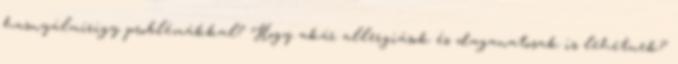
hasnyálmirigy problémákkal? Hogy akár allergiások és daganatosak is lehetnek?